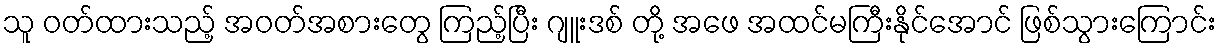
သူ ဝတ်ထားသည့် အဝတ်အစားတွေ ကြည့်ပြီး ဂျူးဒစ် တို့ အဖေ အထင်မကြီးနိုင်အောင် ဖြစ်သွားကြောင်း